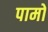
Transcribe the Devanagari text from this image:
पामों